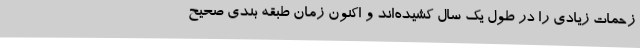
زحمات زیادی را در طول یک سال کشیده‌اند و اکنون زمان طبقه بندی صحیح